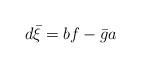
LaTeX: \begin{align*}d\bar{\xi}=bf-\bar{g}a\end{align*}